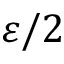
\varepsilon / 2